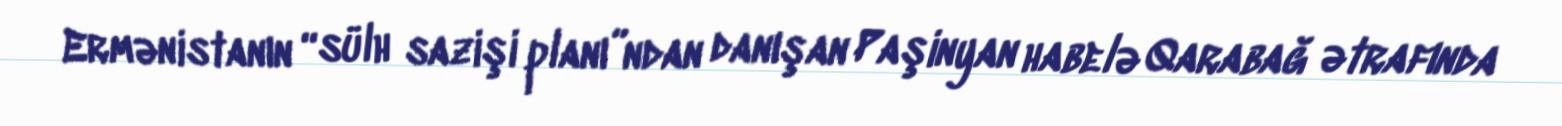
Ermənistanın “sülh sazişi planı”ndan danışan Paşinyan habelə Qarabağ ətrafında